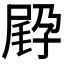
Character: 𡥸